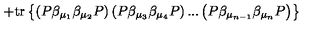
+ \mathrm { t r } \left\{ \left( P \beta _ { \mu _ { 1 } } \beta _ { \mu _ { 2 } } P \right) \left( P \beta _ { \mu _ { 3 } } \beta _ { \mu _ { 4 } } P \right) . . . \left( P \beta _ { \mu _ { n - 1 } } \beta _ { \mu _ { n } } P \right) \right\}